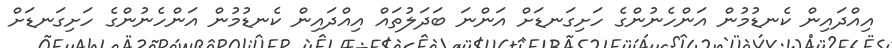
އިއްދައިން ކެނޑުމުން އަންހެނުންގެ ހަށިގަނޑަށް އަންނަ ބަދަލުތައް އިއްދައިން ކެނޑުމުން އަންހެނުންގެ ހަށިގަނޑަށް